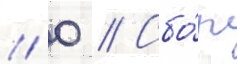
// 0 // Сбо́р